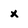
Character: x